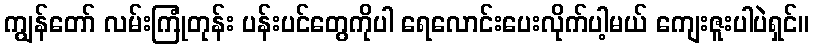
ကျွန်တော် လမ်းကြုံတုန်း ပန်းပင်တွေကိုပါ ရေလောင်းပေးလိုက်ပါ့မယ် ကျေးဇူးပါပဲရှင်။